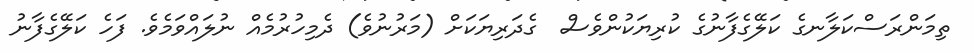
ތިމަންރަސްކަލާނގެ ކަލޭގެފާނުގެ ކުރިޔަކުންވެސް  ގެދަރިޔަކަށް (މަރުނުވެ) ދެމިހުރުމެއް ނުލައްވަމެވެ. ފަހެ ކަލޭގެފާނު